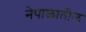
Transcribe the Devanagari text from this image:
नेपाळातील